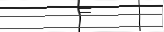
٧